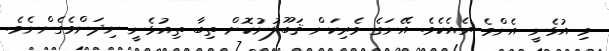
މި އުޅެނީ އެންމެ ރެއެކެވެ. އޭނަގެ ވެރިކަން ޤަބޫލުނުކޮށް ތިބާ ތިއުޅެނީ ނިދަންވެގެންނެވެ.